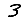
Digit: 3